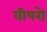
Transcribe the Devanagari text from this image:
वीपरो